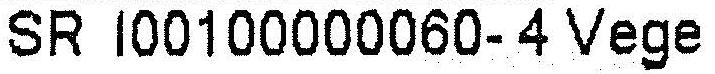
SR I00100000060-4 VEGE